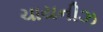
ચાયનીઝ